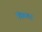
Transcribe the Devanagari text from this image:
चिकटा